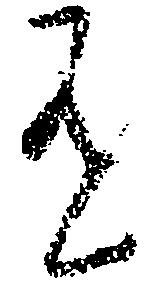
有